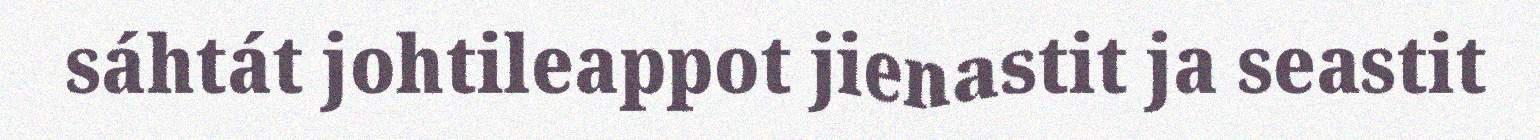
sáhtát johtileappot jienastit ja seastit